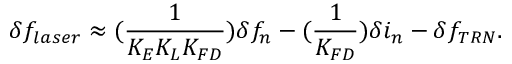
\delta f _ { l a s e r } \approx ( \frac { 1 } { K _ { E } K _ { L } K _ { F D } } ) \delta f _ { n } - ( \frac { 1 } { K _ { F D } } ) \delta i _ { n } - \delta f _ { T R N } .